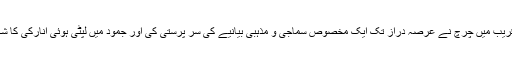
ماضی قریب میں چرچ نے عرصہ دراز تک ایک مخصوص سماجی و مذہبی بیانیے کی سر پرستی کی اور جمود میں لپٹی ہوئی انارکی کا شکار رہا۔